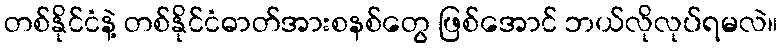
တစ်နိုင်ငံနဲ့ တစ်နိုင်ငံဓာတ်အားစနစ်တွေ ဖြစ်အောင် ဘယ်လိုလုပ်ရမလဲ။